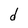
Character: d